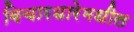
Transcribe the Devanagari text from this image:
विचारधारेमधील